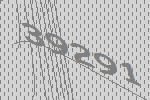
39291